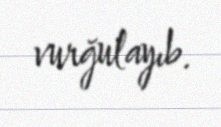
vurğulayıb.